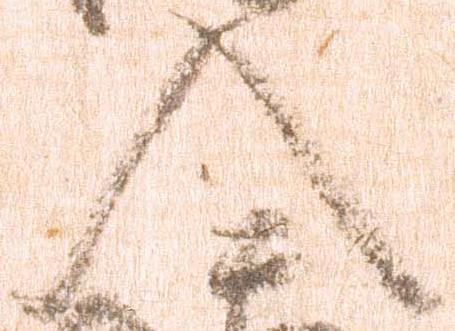
入